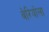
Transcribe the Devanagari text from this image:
वेरियोला